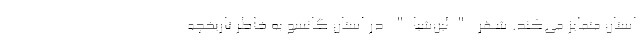
استان متمایز می‌کند. شهر "لین‌شیا" در استان گانسو به خاطر تاریخچه‌